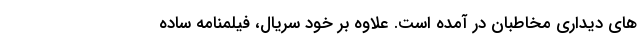
هاي ديداري مخاطبان در آمده است. علاوه بر خود سريال، فيلمنامه ساده